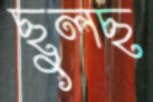
ছুলছ